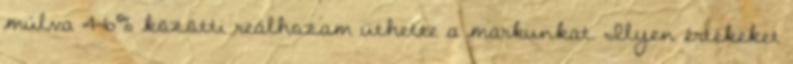
múlva 4-6% közötti reálhozam üthette a markunkat. Ilyen értékeket